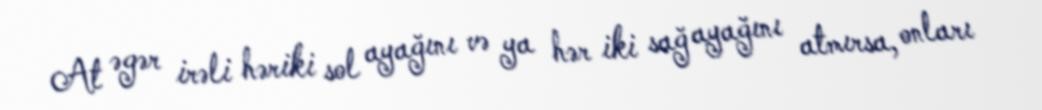
At əgər irəli həriki sol ayağını və ya hər iki sağ ayağını atmırsa, onları